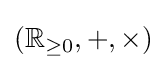
(\mathbb {R} _{\geq 0},+,\times )